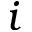
i